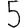
Digit: 5